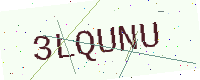
Text: 3LQUNU